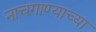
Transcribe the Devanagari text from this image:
नाचगाण्याच्या